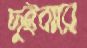
দুইবারে